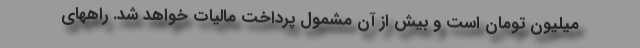
میلیون تومان است و بیش از آن مشمول پرداخت مالیات خواهد شد. راههای